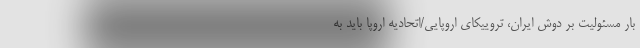
بار مسئولیت بر دوش ایران، تروییکای اروپایی/اتحادیه اروپا باید به